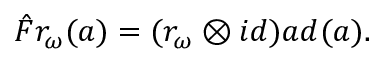
\hat { F } r _ { \omega } ( a ) = ( r _ { \omega } \otimes i d ) a d ( a ) .